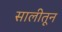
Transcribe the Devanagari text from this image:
सालीतून